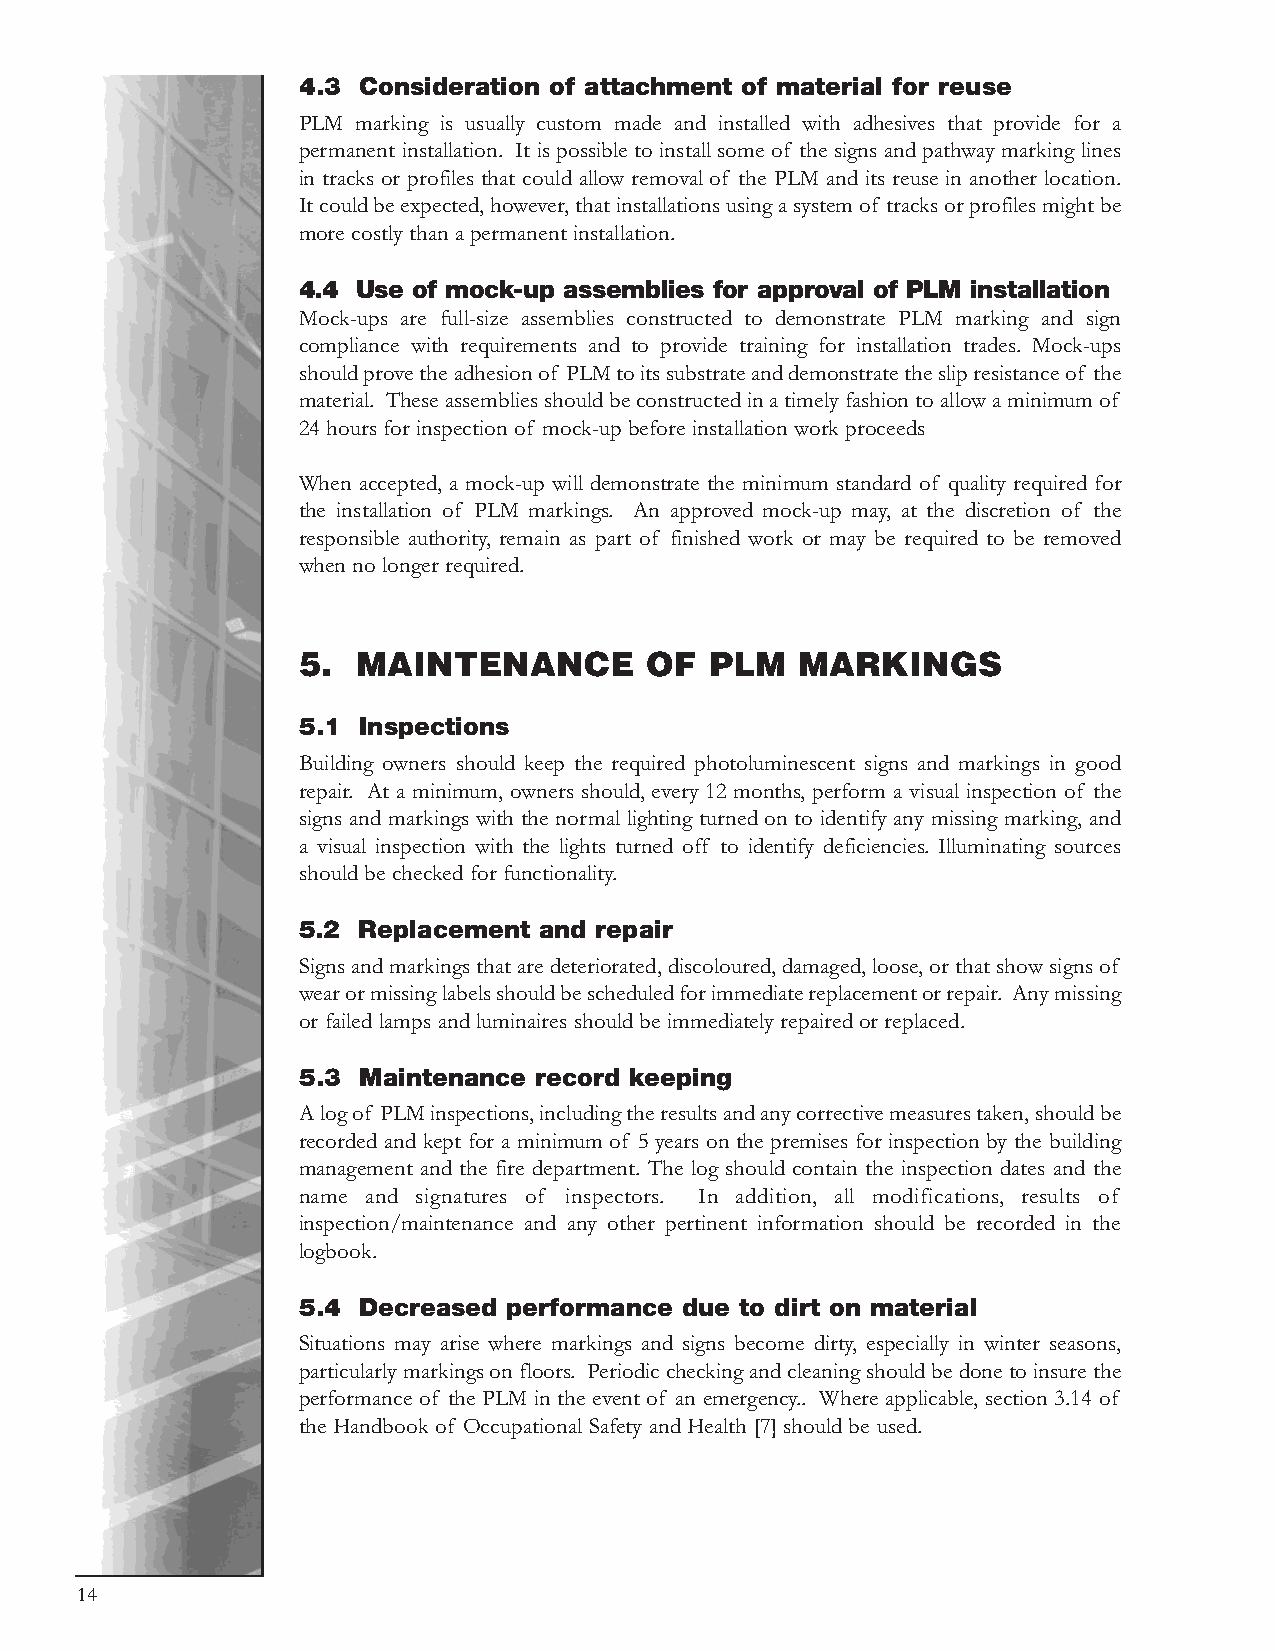
4.3 Consideration of attachment of material for reuse
 PLM marking is usually custom made and installed with adhesives that provide for a
 permanent installation. It is possible to install some of the signs and pathway marking lines
 in tracks or profiles that could allow removal of the PLM and its reuse in another location.
 It could be expected, however, that installations using a system of tracks or profiles might be
 more costly than a permanent installation.
 4.4 Use of mock-up assemblies for approval of PLM installation
 Mock-ups are full-size assemblies constructed to demonstrate PLM marking and sign
 compliance with requirements and to provide training for installation trades. Mock-ups
 should prove the adhesion of PLM to its substrate and demonstrate the slip resistance of the
 material. These assemblies should be constructed in a timely fashion to allow a minimum of
 24 hours for inspection of mock-up before installation work proceeds
 When accepted, a mock-up will demonstrate the minimum standard of quality required for
 the installation of PLM markings. An approved mock-up may, at the discretion of the
 responsible authority, remain as part of finished work or may be required to be removed
 when no longer required.
 5.  MAINTENANCE        OF  PLM   MARKINGS
 5.1 Inspections
 Building owners should keep the required photoluminescent signs and markings in good
 repair. At a minimum, owners should, every 12 months, perform a visual inspection of the
 signs and markings with the normal lighting turned on to identify any missing marking, and
 a visual inspection with the lights turned off to identify deficiencies. Illuminating sources
 should be checked for functionality.
 5.2 Replacement and repair
 Signs and markings that are deteriorated, discoloured, damaged, loose, or that show signs of
 wear or missing labels should be scheduled for immediate replacement or repair. Any missing
 or failed lamps and luminaires should be immediately repaired or replaced.
 5.3 Maintenance record keeping
 A log of PLM inspections, including the results and any corrective measures taken, should be
 recorded and kept for a minimum of 5 years on the premises for inspection by the building
 management and the fire department. The log should contain the inspection dates and the
 name and signatures of inspectors. In addition, all modifications, results of
 inspection/maintenance and any other pertinent information should be recorded in the
 logbook.
 5.4 Decreased performance due to dirt on material
 Situations may arise where markings and signs become dirty, especially in winter seasons,
 particularly markings on floors. Periodic checking and cleaning should be done to insure the
 performance of the PLM in the event of an emergency.. Where applicable, section 3.14 of
 the Handbook of Occupational Safety and Health [7] should be used.
 14